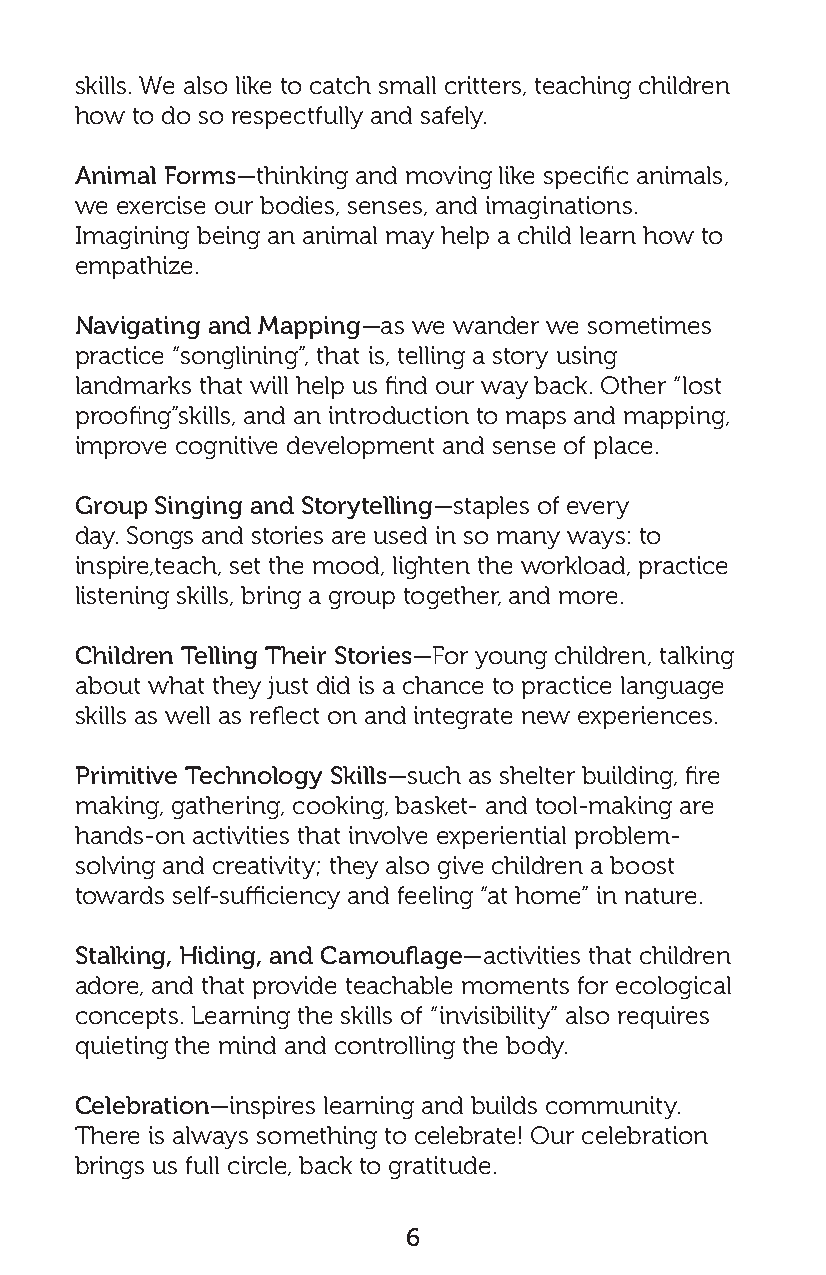
skills. We also like to catch small critters, teaching children
 how to do so respectfully and safely.
 Animal Forms—thinking and moving like specific animals,
 we exercise our bodies, senses, and imaginations.
 Imagining being an animal may help a child learn how to
 empathize.
 Navigating and Mapping—as we wander we sometimes
 practice “songlining”, that is, telling a story using
 landmarks that will help us find our way back. Other “lost
 proofing”skills, and an introduction to maps and mapping,
 improve cognitive development and sense of place.
 Group Singing and Storytelling—staples of every
 day. Songs and stories are used in so many ways: to
 inspire,teach, set the mood, lighten the workload, practice
 listening skills, bring a group together, and more.
 Children Telling Their Stories—For young children, talking
 about what they just did is a chance to practice language
 skills as well as reflect on and integrate new experiences.
 Primitive Technology Skills—such as shelter building, fire
 making, gathering, cooking, basket- and tool-making are
 hands-on activities that involve experiential problem-
 solving and creativity; they also give children a boost
 towards self-sufficiency and feeling “at home” in nature.
 Stalking, Hiding, and Camouflage—activities that children
 adore, and that provide teachable moments for ecological
 concepts. Learning the skills of “invisibility” also requires
 quieting the mind and controlling the body.
 Celebration—inspires learning and builds community.
 There is always something to celebrate! Our celebration
 brings us full circle, back to gratitude.
 6